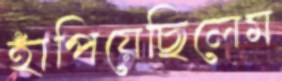
হাঁপিয়েছিলেম